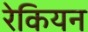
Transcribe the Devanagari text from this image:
रेकियन